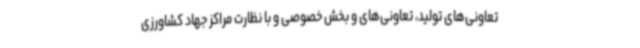
تعاونی‌های تولید، تعاونی‌های و بخش خصوصی و با نظارت مراکز جهاد کشاورزی